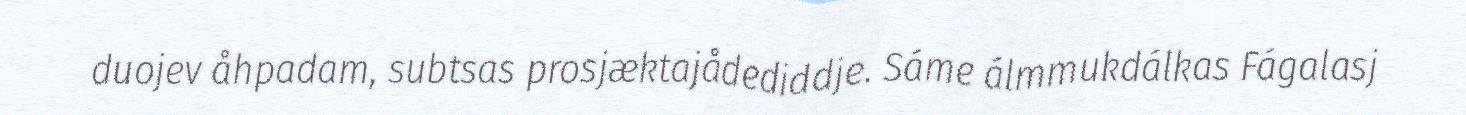
duojev åhpadam, subtsas prosjæktajådediddje. Sáme álmmukdálkas Fágalasj